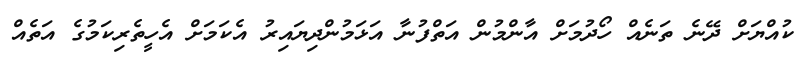
ކުއްޔަށް ދޭނެ ތަނެއް ހޯދުމަށް އާންމުން އަތްފުނާ އަޅަމުންދިޔައިރު އެކަމަށް އެހީތެރިކަމުގެ އަތެއް